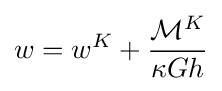
w=w^{K}+{\frac {{\mathcal {M}}^{K}}{\kappa Gh}}